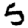
Digit: 5